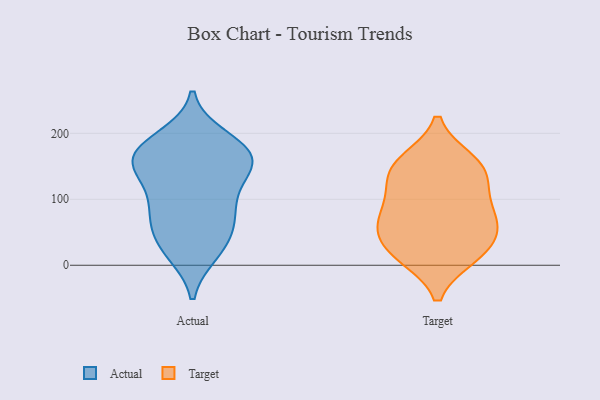
{"axis": {"x": "Tickets Resolved", "y": "Value"}, "legend": ["Actual", "Target"], "data": [{"x": "", "y": 72, "type": "Actual"}, {"x": "", "y": 20, "type": "Actual"}, {"x": "", "y": 31, "type": "Actual"}, {"x": "", "y": 171, "type": "Actual"}, {"x": "", "y": 127, "type": "Actual"}, {"x": "", "y": 88, "type": "Actual"}, {"x": "", "y": 192, "type": "Actual"}, {"x": "", "y": 171, "type": "Actual"}, {"x": "", "y": 161, "type": "Actual"}, {"x": "", "y": 165, "type": "Actual"}, {"x": "", "y": 143, "type": "Actual"}, {"x": "", "y": 87, "type": "Actual"}, {"x": "", "y": 29, "type": "Actual"}, {"x": "", "y": 67, "type": "Actual"}, {"x": "", "y": 176, "type": "Actual"}, {"x": "", "y": 144, "type": "Actual"}, {"x": "", "y": 62, "type": "Target"}, {"x": "", "y": 72, "type": "Target"}, {"x": "", "y": 60, "type": "Target"}, {"x": "", "y": 48, "type": "Target"}, {"x": "", "y": 155, "type": "Target"}, {"x": "", "y": 14, "type": "Target"}, {"x": "", "y": 92, "type": "Target"}, {"x": "", "y": 17, "type": "Target"}, {"x": "", "y": 138, "type": "Target"}, {"x": "", "y": 158, "type": "Target"}, {"x": "", "y": 18, "type": "Target"}, {"x": "", "y": 110, "type": "Target"}, {"x": "", "y": 142, "type": "Target"}]}